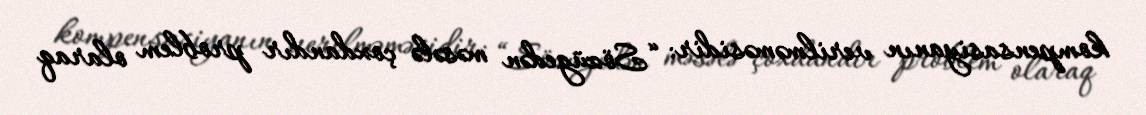
kompensasiyanın verilməməsidir: “Sözügedən məsələ çoxdandır problem olaraq